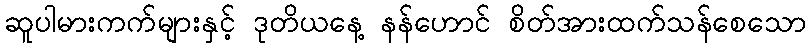
ဆူပါမားကက်များနှင့် ဒုတိယနေ့ နန်ဟောင် စိတ်အားထက်သန်စေသော